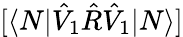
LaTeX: [\langle N|\hat{V}_{1}\hat{R}\hat{V}_{1}|N\rangle]